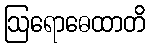
ဩရောဓေထာတိ